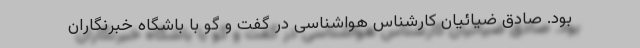
بود. صادق ضیائیان کارشناس هواشناسی در گفت و گو با باشگاه خبرنگاران